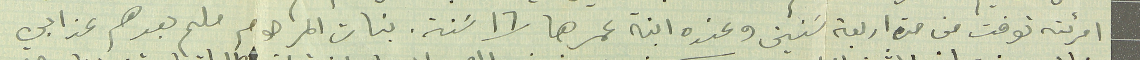
امرئته توفت من مدة اربعة سنين وعنده ابنة عمرها /١٦ سَنة . بنات المرحوم ملحم بعدهم عند ابي